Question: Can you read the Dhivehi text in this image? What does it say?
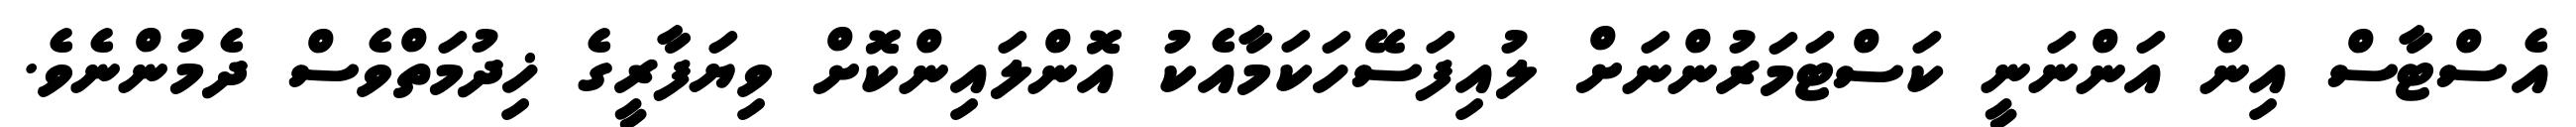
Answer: އެސްޓާސް އިން އަންނަނީ ކަސްޓަމަރުންނަށް ލުއިފަސޭހަކަމާއެކު އޮންލައިންކޮށް ވިޔަފާރީގެ ޚިދުމަތްވެސް ދެމުންނެވެ.